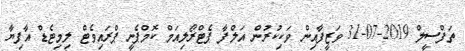
ތަފްސީލް 2019-07-31 ވަޒީފާއިން ވަކިކުރުން އަލްފާ ޕެޓްރޯލިއަމް ކޮމްޕެނީ ޕްރައިވެޓް ލިމިޓެޑް އާފިޔާ